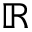
\mathbb { R }